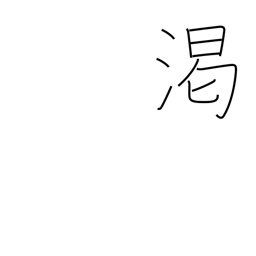
Meaning: dry up